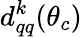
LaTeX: d_{qq}^{k}(\theta_{c})